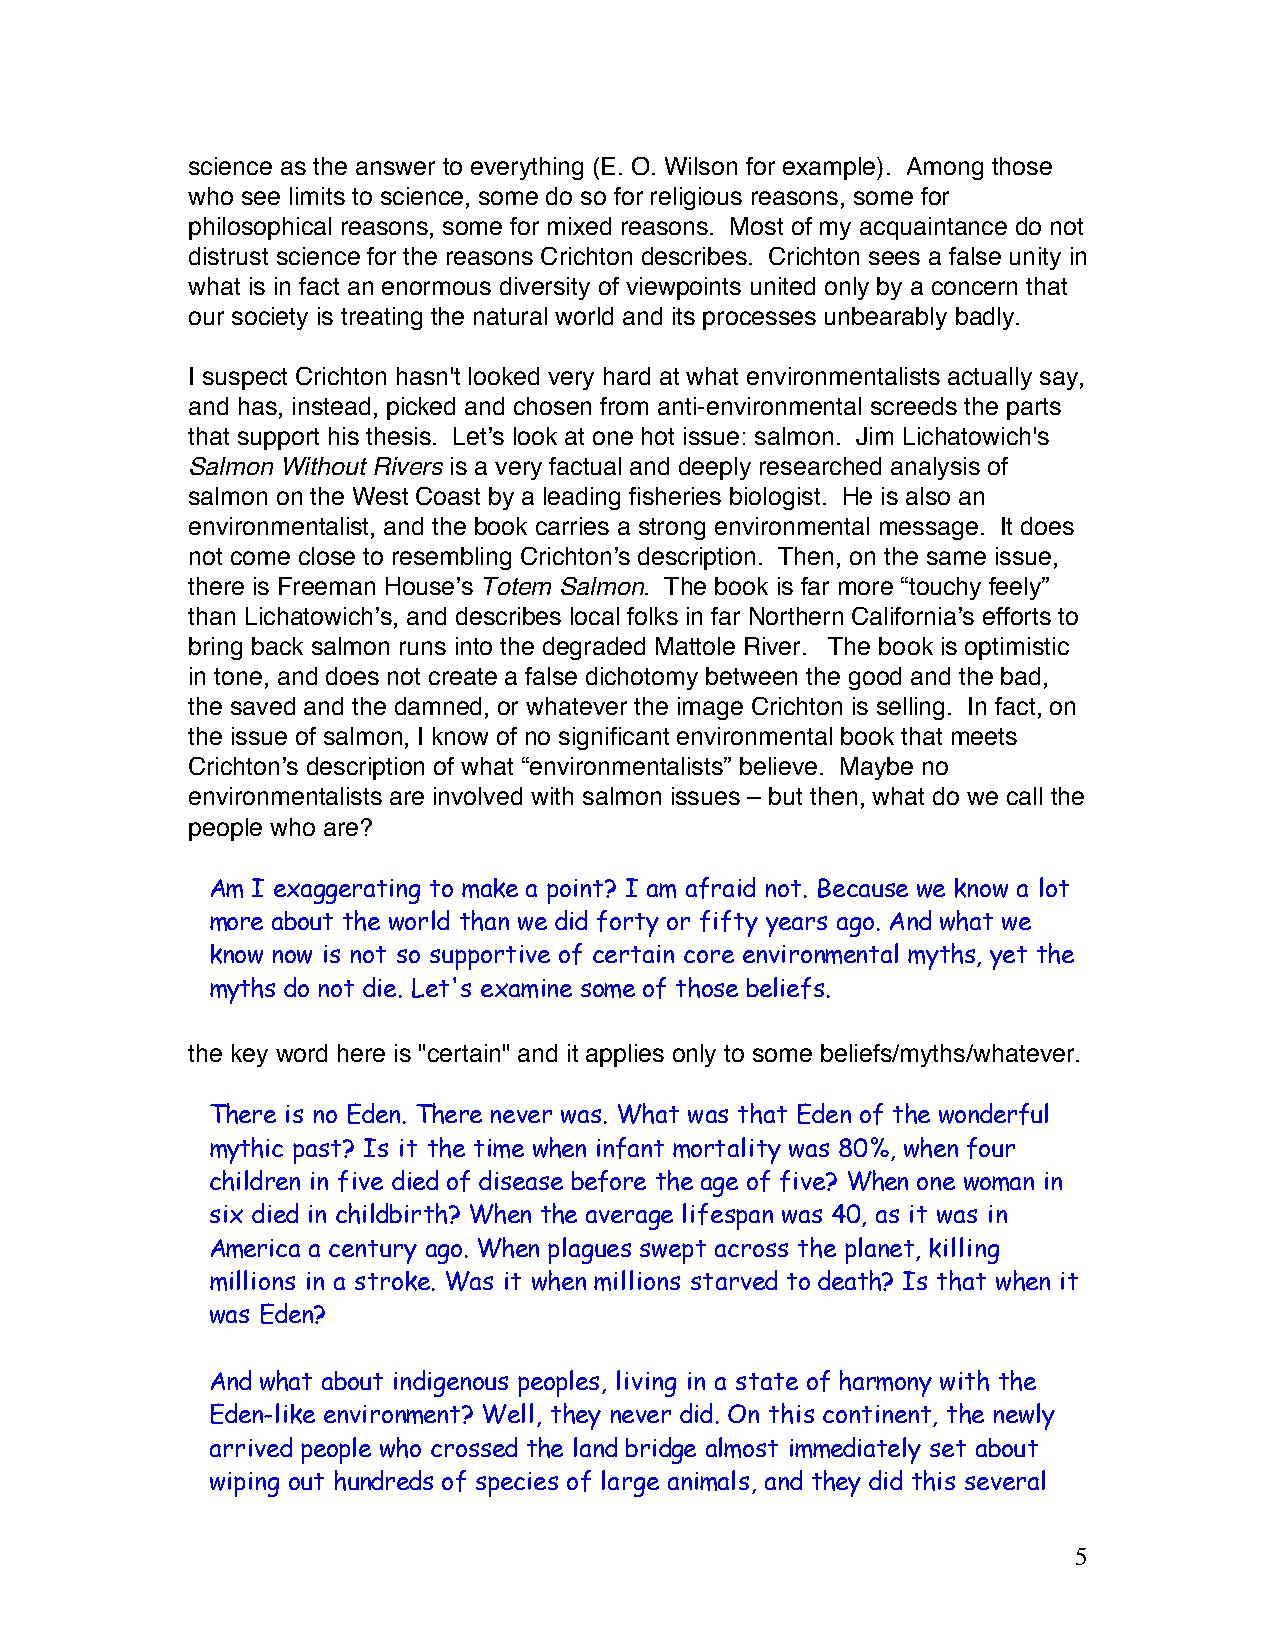
science as the answer to everything (E. O. Wilson for example). Among those
 who see limits to science, some do so for religious reasons, some for
 philosophical reasons, some for mixed reasons. Most of my acquaintance do not
 distrust science for the reasons Crichton describes. Crichton sees a false unity in
 what is in fact an enormous diversity of viewpoints united only by a concern that
 our society is treating the natural world and its processes unbearably badly.
 I suspect Crichton hasn't looked very hard at what environmentalists actually say,
 and has, instead, picked and chosen from anti-environmental screeds the parts
 that support his thesis. Letʼs look at one hot issue: salmon. Jim Lichatowich's
 Salmon Without Rivers is a very factual and deeply researched analysis of
 salmon on the West Coast by a leading fisheries biologist. He is also an
 environmentalist, and the book carries a strong environmental message. It does
 not come close to resembling Crichtonʼs description. Then, on the same issue,
 there is Freeman Houseʼs Totem Salmon. The book is far more “touchy feely”
 than Lichatowichʼs, and describes local folks in far Northern Californiaʼs efforts to
 bring back salmon runs into the degraded Mattole River. The book is optimistic
 in tone, and does not create a false dichotomy between the good and the bad,
 the saved and the damned, or whatever the image Crichton is selling. In fact, on
 the issue of salmon, I know of no significant environmental book that meets
 Crichtonʼs description of what “environmentalists” believe. Maybe no
 environmentalists are involved with salmon issues – but then, what do we call the
 people who are?
 Am I exaggerating to make a point? I am afraid not. Because we know a lot
 more about the world than we did forty or fifty years ago. And what we
 know now is not so supportive of certain core environmental myths, yet the
 myths do not die. Let's examine some of those beliefs.
 the key word here is "certain" and it applies only to some beliefs/myths/whatever.
 There is no Eden. There never was. What was that Eden of the wonderful
 mythic past? Is it the time when infant mortality was 80%, when four
 children in five died of disease before the age of five? When one woman in
 six died in childbirth? When the average lifespan was 40, as it was in
 America a century ago. When plagues swept across the planet, killing
 millions in a stroke. Was it when millions starved to death? Is that when it
 was Eden?
 And what about indigenous peoples, living in a state of harmony with the
 Eden-like environment? Well, they never did. On this continent, the newly
 arrived people who crossed the land bridge almost immediately set about
 wiping out hundreds of species of large animals, and they did this several
 5